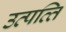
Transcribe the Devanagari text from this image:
उत्‍पत्‍ति